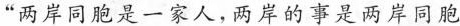
“两岸同胞是一家人，两岸的事是两岸同胞